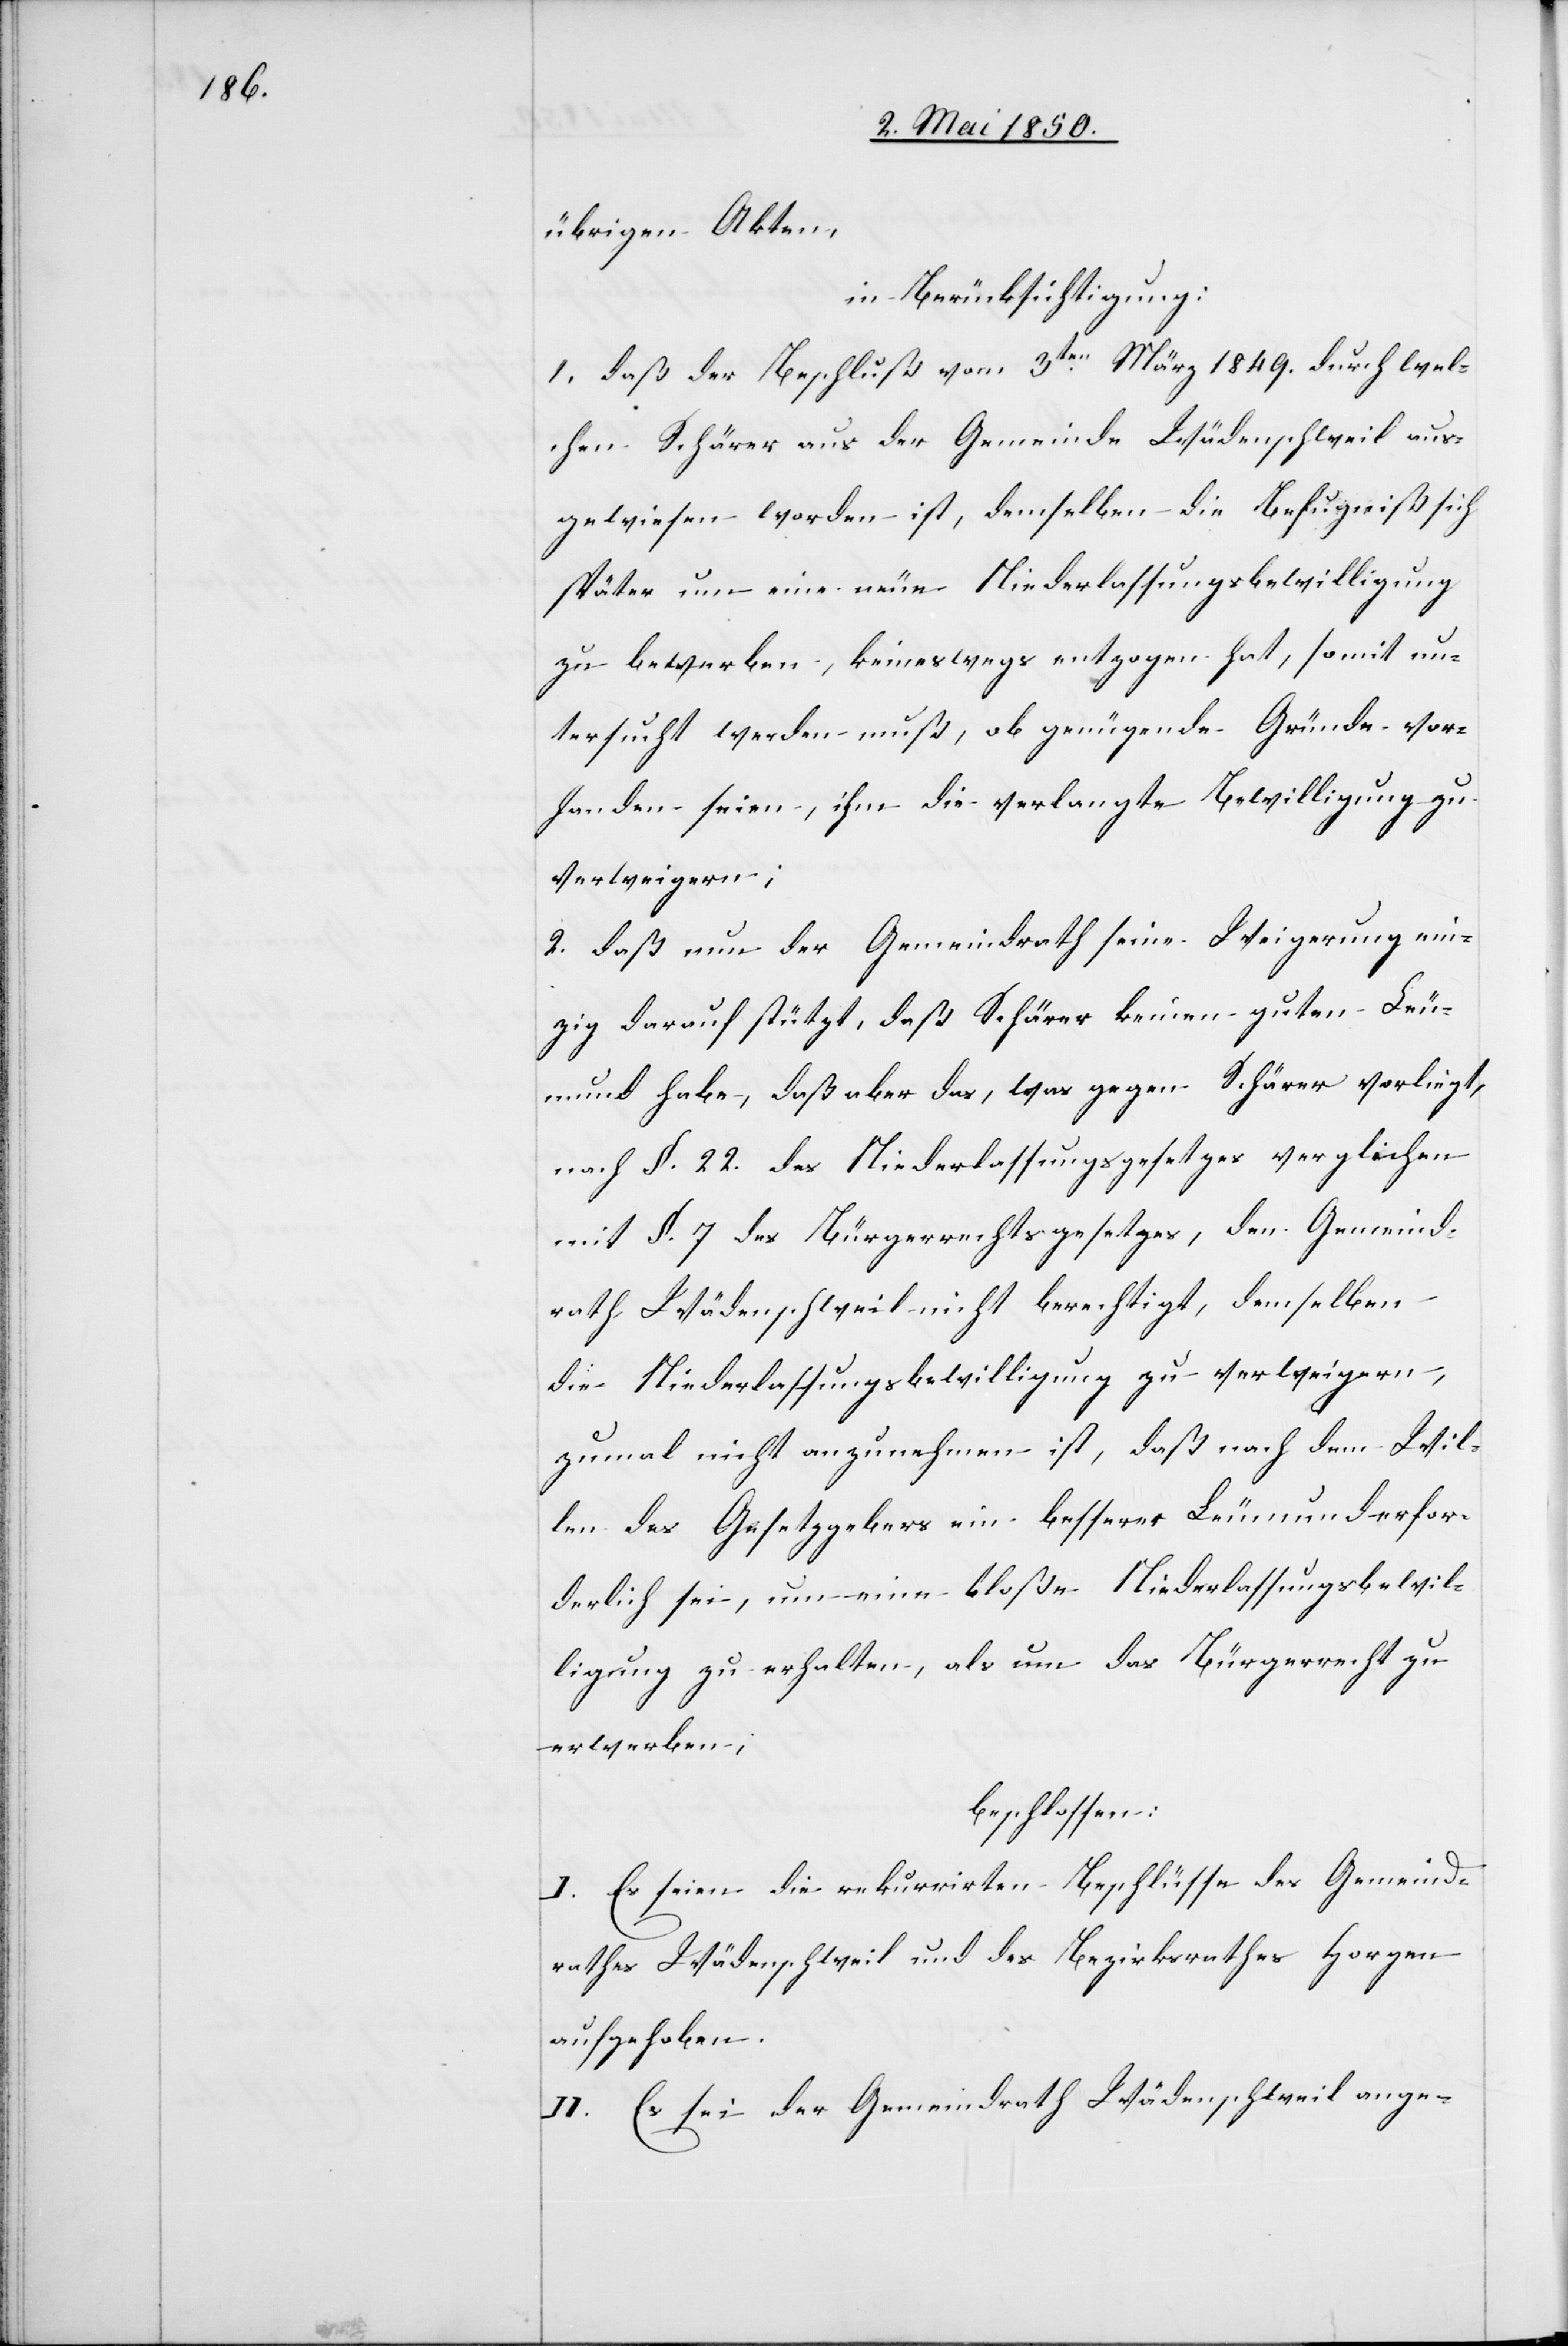
übrigen Akten,
in Berücksichtigung:
1. daß der Beschluß vom 3ten März 1849. durch wel¬
chen Schärer aus der Gemeinde Wädenschweil aus¬
gewiesen worden ist, demselben die Befugniß sich
später um eine neue Niederlassungsbewilligung
zu bewerben, keineswegs entzogen hat, somit un¬
tersucht werden muß, ob genügende Gründe vor¬
handen seien, ihm die verlangte Bewilligung zu
verweigern;
2. daß nun der Gemeindrath seine Weigerung ein¬
zig darauf stützt, daß Schärer keinen guten Leu¬
mund habe, daß aber das, was gegen Schärer vorliegt,
nach §. 22. des Niederlassungsgesetzes verglichen
mit §. 7. des Bürgerrechtsgesetzes, den Gemeind¬
rath Wädenschweil nicht berechtigt, demselben
die Niederlassungsbewilligung zu verweigern,
zumal nicht anzunehmen ist, daß nach dem Wil¬
len des Gesetzgebers ein besserer Leumund erfor¬
derlich sei, um eine bloße Niederlassungsbewil¬
ligung zu erhalten, als um das Bürgerrecht zu
erwerben;
beschlossen:
I. Es seien die rekurrirten Beschlüsse des Gemeind¬
rathes Wädenschweil und des Bezirksrathes Horgen
aufgehoben.
II. Es sei der Gemeindrath Wädenschweil ange-